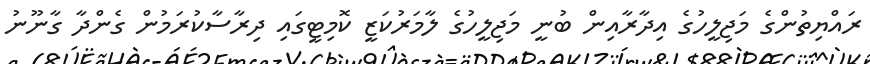
ރައްޔިތުންގެ މަޖިލީހުގެ އިދާރާއިން ބުނީ މަޖިލީހުގެ ލާމަރުކަޒީ ކޮމިޓީގައި ދިރާސާކުރަމުން ގެންދާ ގާނޫނު